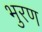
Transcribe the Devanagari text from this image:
भुरण